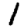
Digit: 1